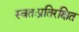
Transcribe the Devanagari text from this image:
स्वतःप्रतिरक्षित